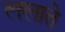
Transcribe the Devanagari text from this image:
ललाते